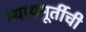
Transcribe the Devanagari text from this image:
न्यायमूर्तीची